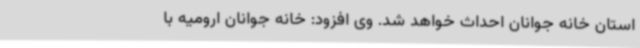
استان خانه جوانان احداث خواهد شد. وی افزود: خانه جوانان ارومیه با